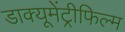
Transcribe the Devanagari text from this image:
डाक्यूमेंट्रीफिल्म